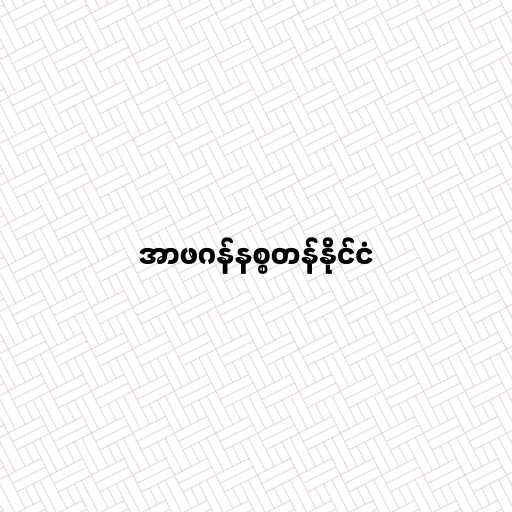
အာဖဂန်နစ္စတန်နိုင်ငံ